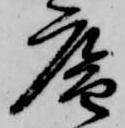
庵